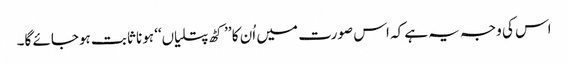
اس کی وجہ یہ ہے کہ اس صورت میں اُن کا ’’کٹھ پتلیاں‘‘ ہونا ثابت ہوجائے گا۔